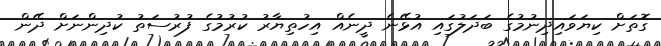
ގޮތަށް ކިޔަވައިދިނުމުގެ ބަދަލުގައި އުޅޭނެ ދީނެއް އިހުތިޔާރު ކުރުމުގެ ފުރުސަތު ކުދިންނަށް ދޭން